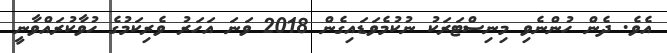
އެވެ. ދެން ހުންނެވި މިނިސްޓަރަކު ނުކުމެވަޑައިގެން 2018 ވަނަ އަހަރު ވެރިކަމުގެ ހުވާކުރައްވާނީ